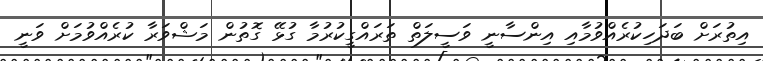
އިތުރަށް ބަދަހިކުރެއްވުމާއި އިންސާނީ ވަސީލަތް ތަރައްގީކުރުމާ ގުޅޭ ގޮތުން މަޝްވަރާ ކުރެއްވުމަށް ވަނީ